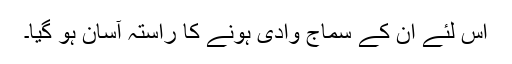
اس لئے ان کے سماج وادی ہونے کا راستہ آسان ہو گیا۔